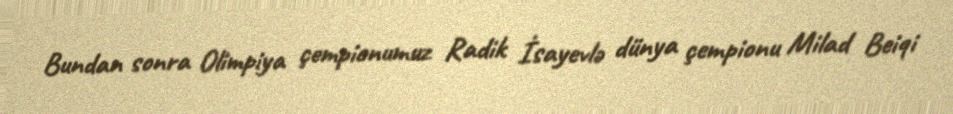
Bundan sonra Olimpiya çempionumuz Radik İsayevlə dünya çempionu Milad Beiqi